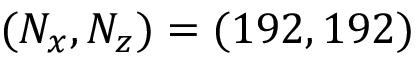
( N _ { x } , N _ { z } ) = ( 1 9 2 , 1 9 2 )